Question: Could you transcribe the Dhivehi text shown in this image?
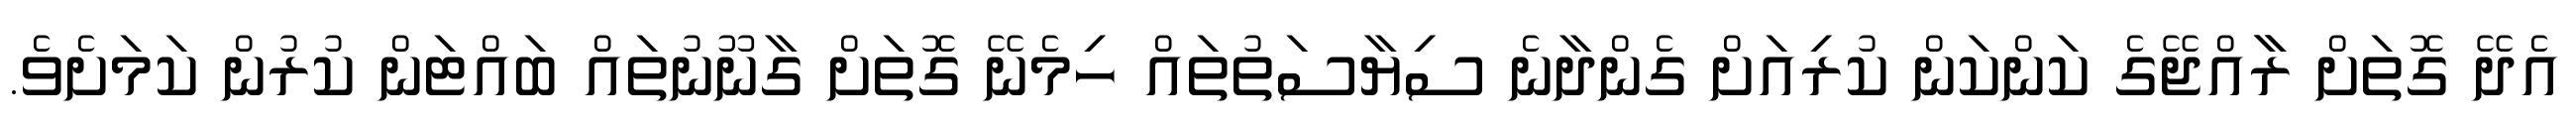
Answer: އެދޭ ގޮތަށް ރާާއްޖޭގެ ކަންކަން ކުރިއަށް ގެންދާނެ ސިޔާސަތުތައް ހިމެނޭ ގޮތަށް ގާނޫނުތައް ބައްޓަން ކުރުން ކަމަށެވެ.